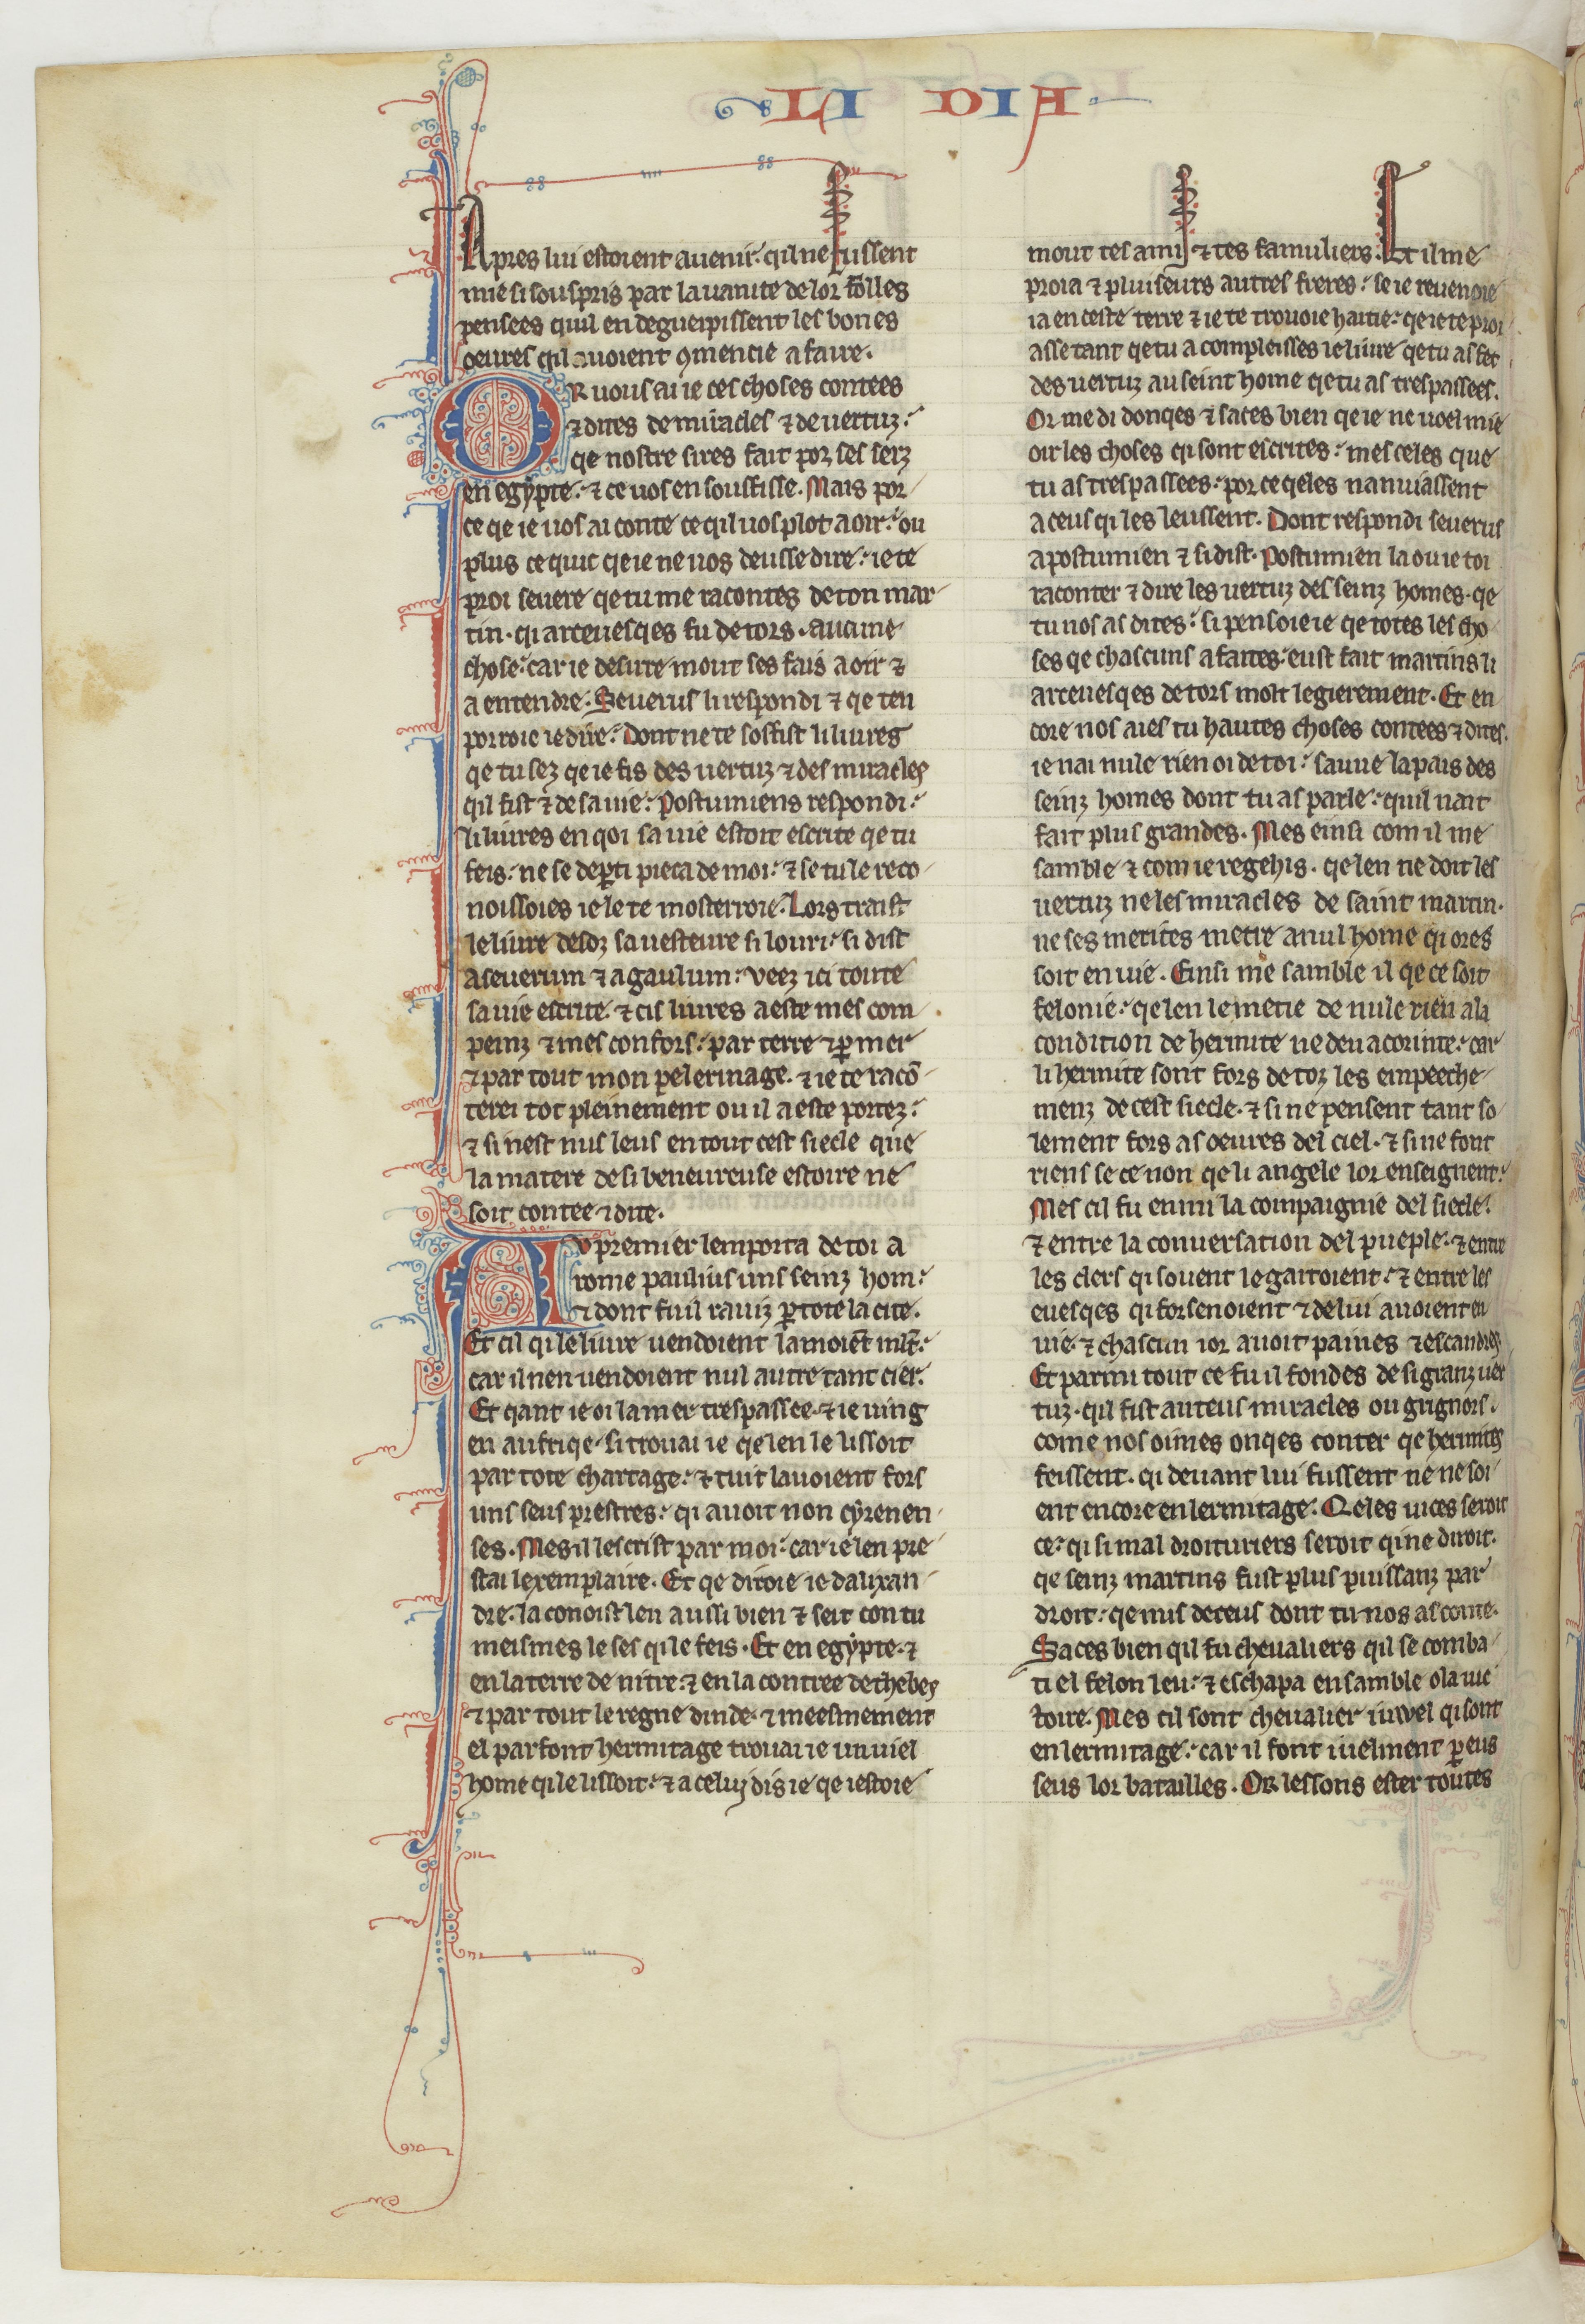
Shelfmark: Paris, BnF, fr. 412
Century: 13